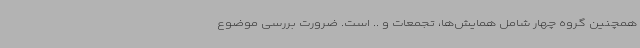
همچنین گروه چهار شامل همایش‌ها، تجمعات و .. است. ضرورت بررسی موضوع